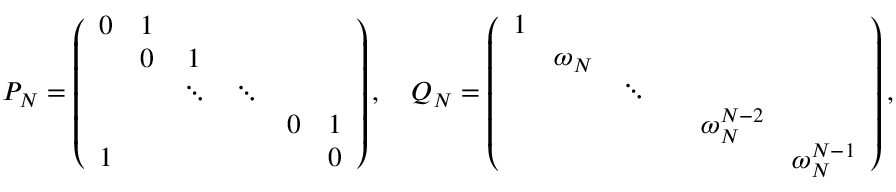
P _ { N } = \left( \begin{array} { c c c c c c } { { 0 } } & { { 1 } } & { { } } & { { } } & { { } } & { { } } \\ { { } } & { { 0 } } & { { 1 } } & { { } } & { { } } & { { } } \\ { { } } & { { } } & { { \ddots } } & { { \ddots } } & { { } } & { { } } \\ { { } } & { { } } & { { } } & { { } } & { { 0 } } & { { 1 } } \\ { { 1 } } & { { } } & { { } } & { { } } & { { } } & { { 0 } } \end{array} \right) , \quad Q _ { N } = \left( \begin{array} { c c c c c c } { { 1 } } & { { } } & { { } } & { { } } & { { } } & { { } } \\ { { } } & { { \omega _ { N } } } & { { } } & { { } } & { { } } & { { } } \\ { { } } & { { } } & { { \ddots } } & { { } } & { { } } & { { } } \\ { { } } & { { } } & { { } } & { { } } & { { \omega _ { N } ^ { N - 2 } } } & { { } } \\ { { } } & { { } } & { { } } & { { } } & { { } } & { { \omega _ { N } ^ { N - 1 } } } \end{array} \right) ,